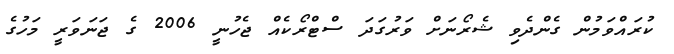
ކުރައްވަމުން ގެންދެވި ޝެރޯނަށް ވަރުގަދަ ސްޓްރޯކެއް ޖެހުނީ 2006 ގެ ޖަނަވަރީ މަހުގެ